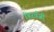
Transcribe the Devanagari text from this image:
हिरवँजी